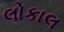
લોકાલ